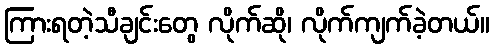
ကြားရတဲ့သီချင်းတွေ လိုက်ဆို၊ လိုက်ကျက်ခဲ့တယ်။